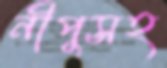
নীপুসহ